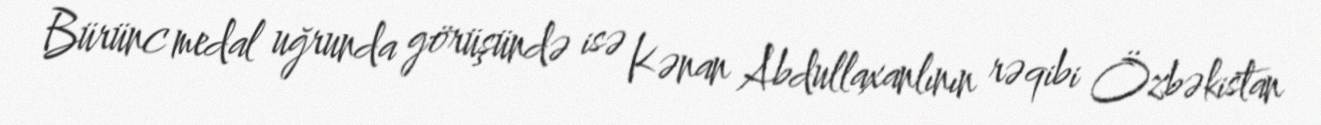
Bürünc medal uğrunda görüşündə isə Kənan Abdullaxanlının rəqibi Özbəkistan